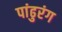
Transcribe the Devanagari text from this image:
पांढुरंग